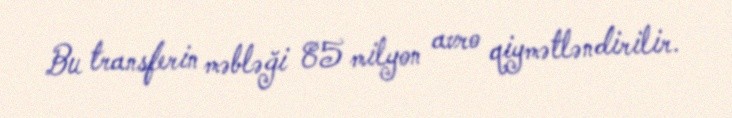
Bu transferin məbləği 85 milyon avro qiymətləndirilir.